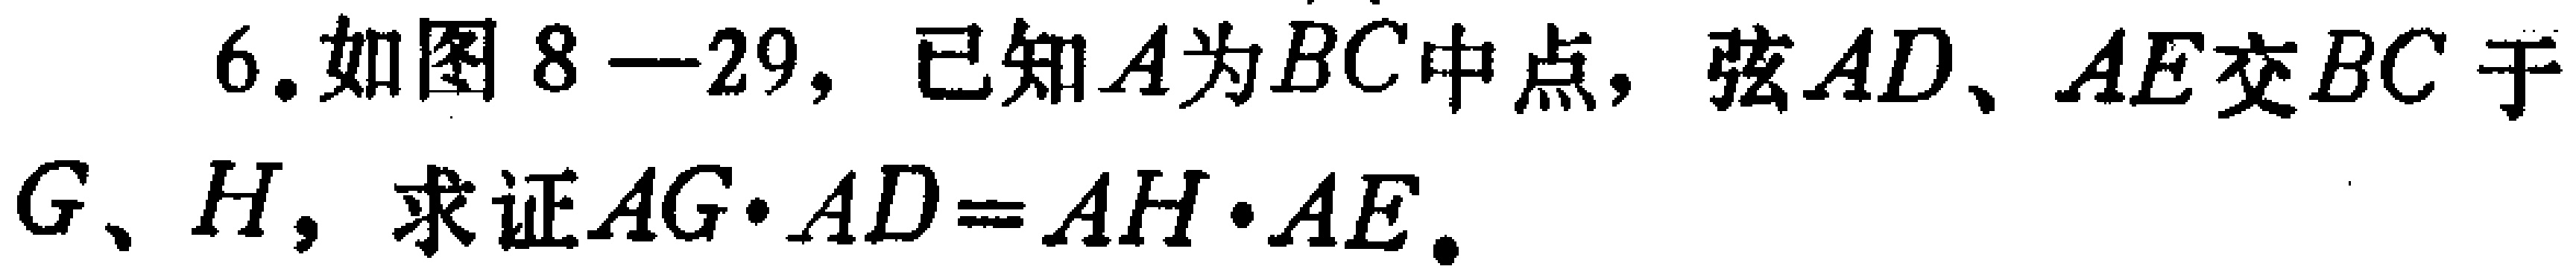
6.如图8—29，已知\(A\)为\(\overset{\frown}{BC}\)中点，弦\(AD\)、\(AE\)交\(BC\)于\(G\)、\(H\)，求证\(AG\cdot AD = AH\cdot AE\)。